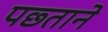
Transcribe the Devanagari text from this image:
पछ्ताने